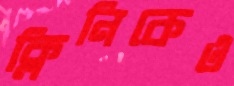
ক্লিনিকেও